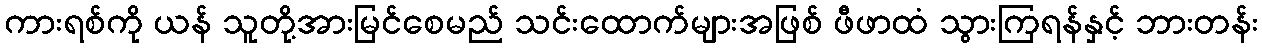
ကားရစ်ကို ယန် သူတို့အားမြင်စေမည် သင်းထောက်များအဖြစ် ဖီဖာထံ သွားကြရန်နှင့် ဘားတန်း